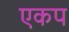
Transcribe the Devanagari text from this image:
एकप